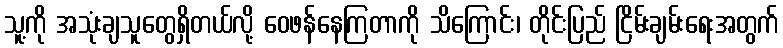
သူ့ကို အသုံးချသူတွေရှိတယ်လို့ ဝေဖန်နေကြတာကို သိကြောင်း၊ တိုင်းပြည် ငြိမ်းချမ်းရေးအတွက်